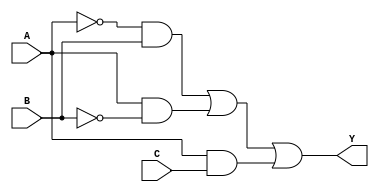
module combinational_logic (
    input wire A, // Input variable A
    input wire B, // Input variable B
    input wire C, // Input variable C
    output wire Y // Output variable Y
);

// Intermediate signals for the minimized expression
wire not_A;
wire not_B;
wire not_C;

// Inverted inputs
not (not_A, A); // NOT gate for A
not (not_B, B); // NOT gate for B
not (not_C, C); // NOT gate for C

// Minimized Boolean expression derived from the truth table
// Example: Y = A'B + AB' + AC
assign Y = (not_A & B) | (A & not_B) | (A & C);

endmodule